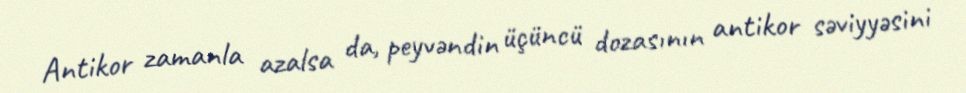
Antikor zamanla azalsa da, peyvəndin üçüncü dozasının antikor səviyyəsini